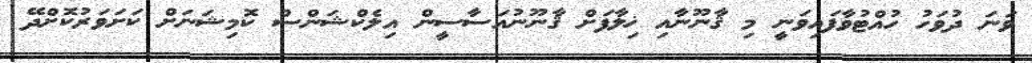
ވަނަ ދުވަހު ހުއްޓުވާފައިވަނީ މި ޤާނޫނާއި ޚިލާފަށް ޤާނޫނުއަސާސީން އިލެކްޝަންސް ކޮމިޝަނަށް ކަށަވަރުކޮށްދޭ